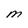
Character: M